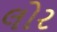
લોર